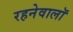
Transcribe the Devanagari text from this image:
रहनेवालॉ